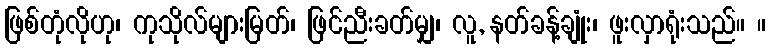
ဖြစ်တုံလိုဟု၊ ကုသိုလ်များမြတ်၊ ဖြင်ညီးခတ်မျှ၊ လူ, နတ်ခန့်ချုံး၊ ဖူးလှာရုံးသည်။ ။